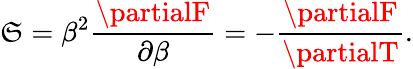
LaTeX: \mathfrak{S}=\beta^{2}{\frac{{\partialF}}{{\partial\beta}}}=-{\frac{{\partialF}}{{\partialT}}}.